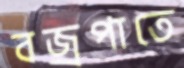
বজ্রপাতে